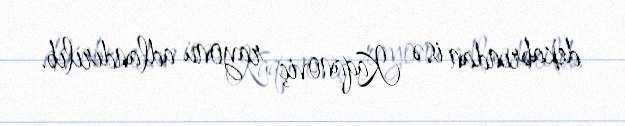
dekabrından isə Kaqanoviç rayonu adlandırılıb.